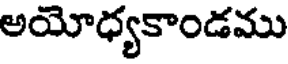
అయోధ్యకాండము